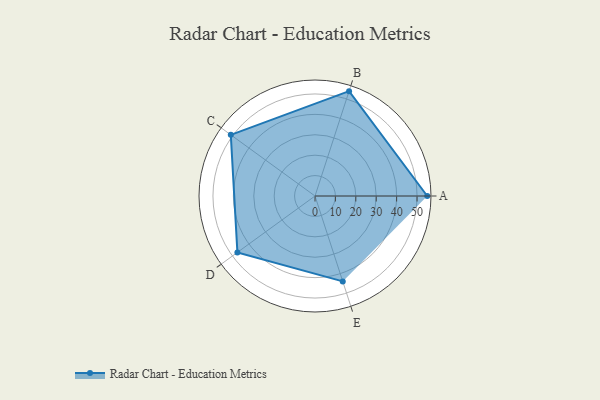
{"axis": {"x": "Skill", "y": "Score"}, "legend": ["Profile"], "data": [{"x": "A", "y": 55.0, "type": "Profile"}, {"x": "B", "y": 54.0, "type": "Profile"}, {"x": "C", "y": 51.0, "type": "Profile"}, {"x": "D", "y": 47.0, "type": "Profile"}, {"x": "E", "y": 44.0, "type": "Profile"}]}